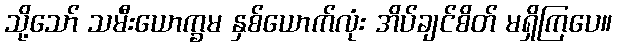
သို့သော် သမီးယောက္ခမ နှစ်ယောက်လုံး အိပ်ချင်စိတ် မရှိကြပေ။